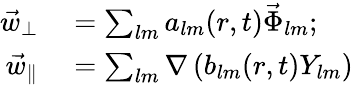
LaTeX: \begin{array}{rl}{\vec{w}_{\perp}}&{{}=\sum_{lm}a_{lm}(r,t)\vec{\Phi}_{lm};}\\ {\vec{w}_{\parallel}}&{{}=\sum_{lm}\nabla\left(b_{lm}(r,t)Y_{lm}\right)}\end{array}